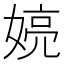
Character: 𫱍